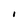
Character: I